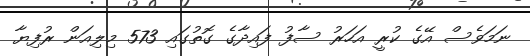
ނަމަވެސް އޭގެ ކުރީ އަހަރު ސާފު ފައިދާގެ ގޮތުގައި 573 މިލިއަން ރުފިޔާ